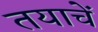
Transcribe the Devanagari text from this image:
तयाचें